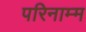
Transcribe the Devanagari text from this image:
परिनाम्म